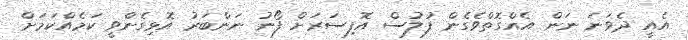
އެއީ ދެވަނަ ނަން އެއްގޮތްވެގެން ފުލުސް އޮފިސަރަށް ފޯނު ނަންބަރު އޮޅިގެންވީ ކަމެއްކަމަށް